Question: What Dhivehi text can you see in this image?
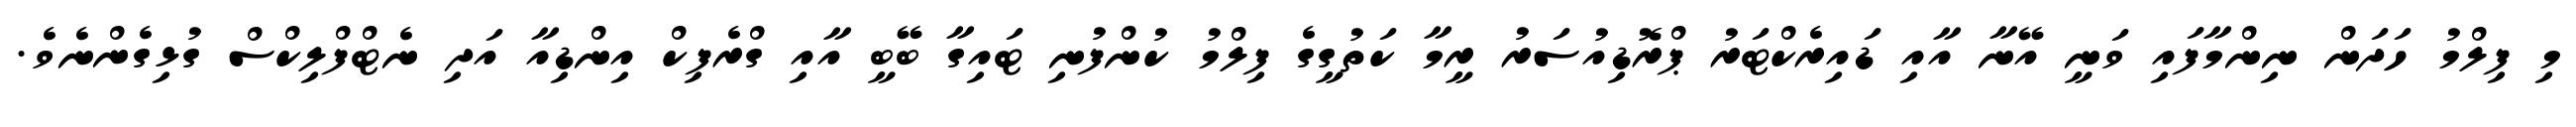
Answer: މި ފިލްމު ހަދަން ނިންމާފައި ވަނީ އޭނާ އާއި ޑައިރެކްޓަރު ޕްރޮޑިއުސަރު ރީމާ ކަތުގީގެ ފިލްމު ކުންފުނި ޓައިގާ ބޭބީ އާއި ގްރެފިކް އިންޑިއާ އަދި ނެޓްފްލިކްސް ގުޅިގެންނެވެ.